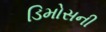
ડિમોસની